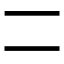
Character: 𠄠